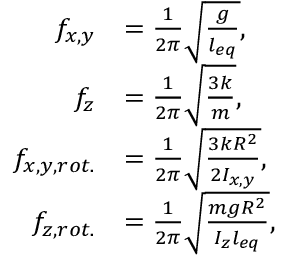
\begin{array} { r l } { f _ { x , y } } & { = \frac { 1 } { 2 \pi } \sqrt { \frac { g } { l _ { e q } } } , } \\ { f _ { z } } & { = \frac { 1 } { 2 \pi } \sqrt { \frac { 3 k } { m } } , } \\ { f _ { x , y , r o t . } } & { = \frac { 1 } { 2 \pi } \sqrt { \frac { 3 k R ^ { 2 } } { 2 I _ { x , y } } } , } \\ { f _ { z , r o t . } } & { = \frac { 1 } { 2 \pi } \sqrt { \frac { m g R ^ { 2 } } { I _ { z } l _ { e q } } } , } \end{array}